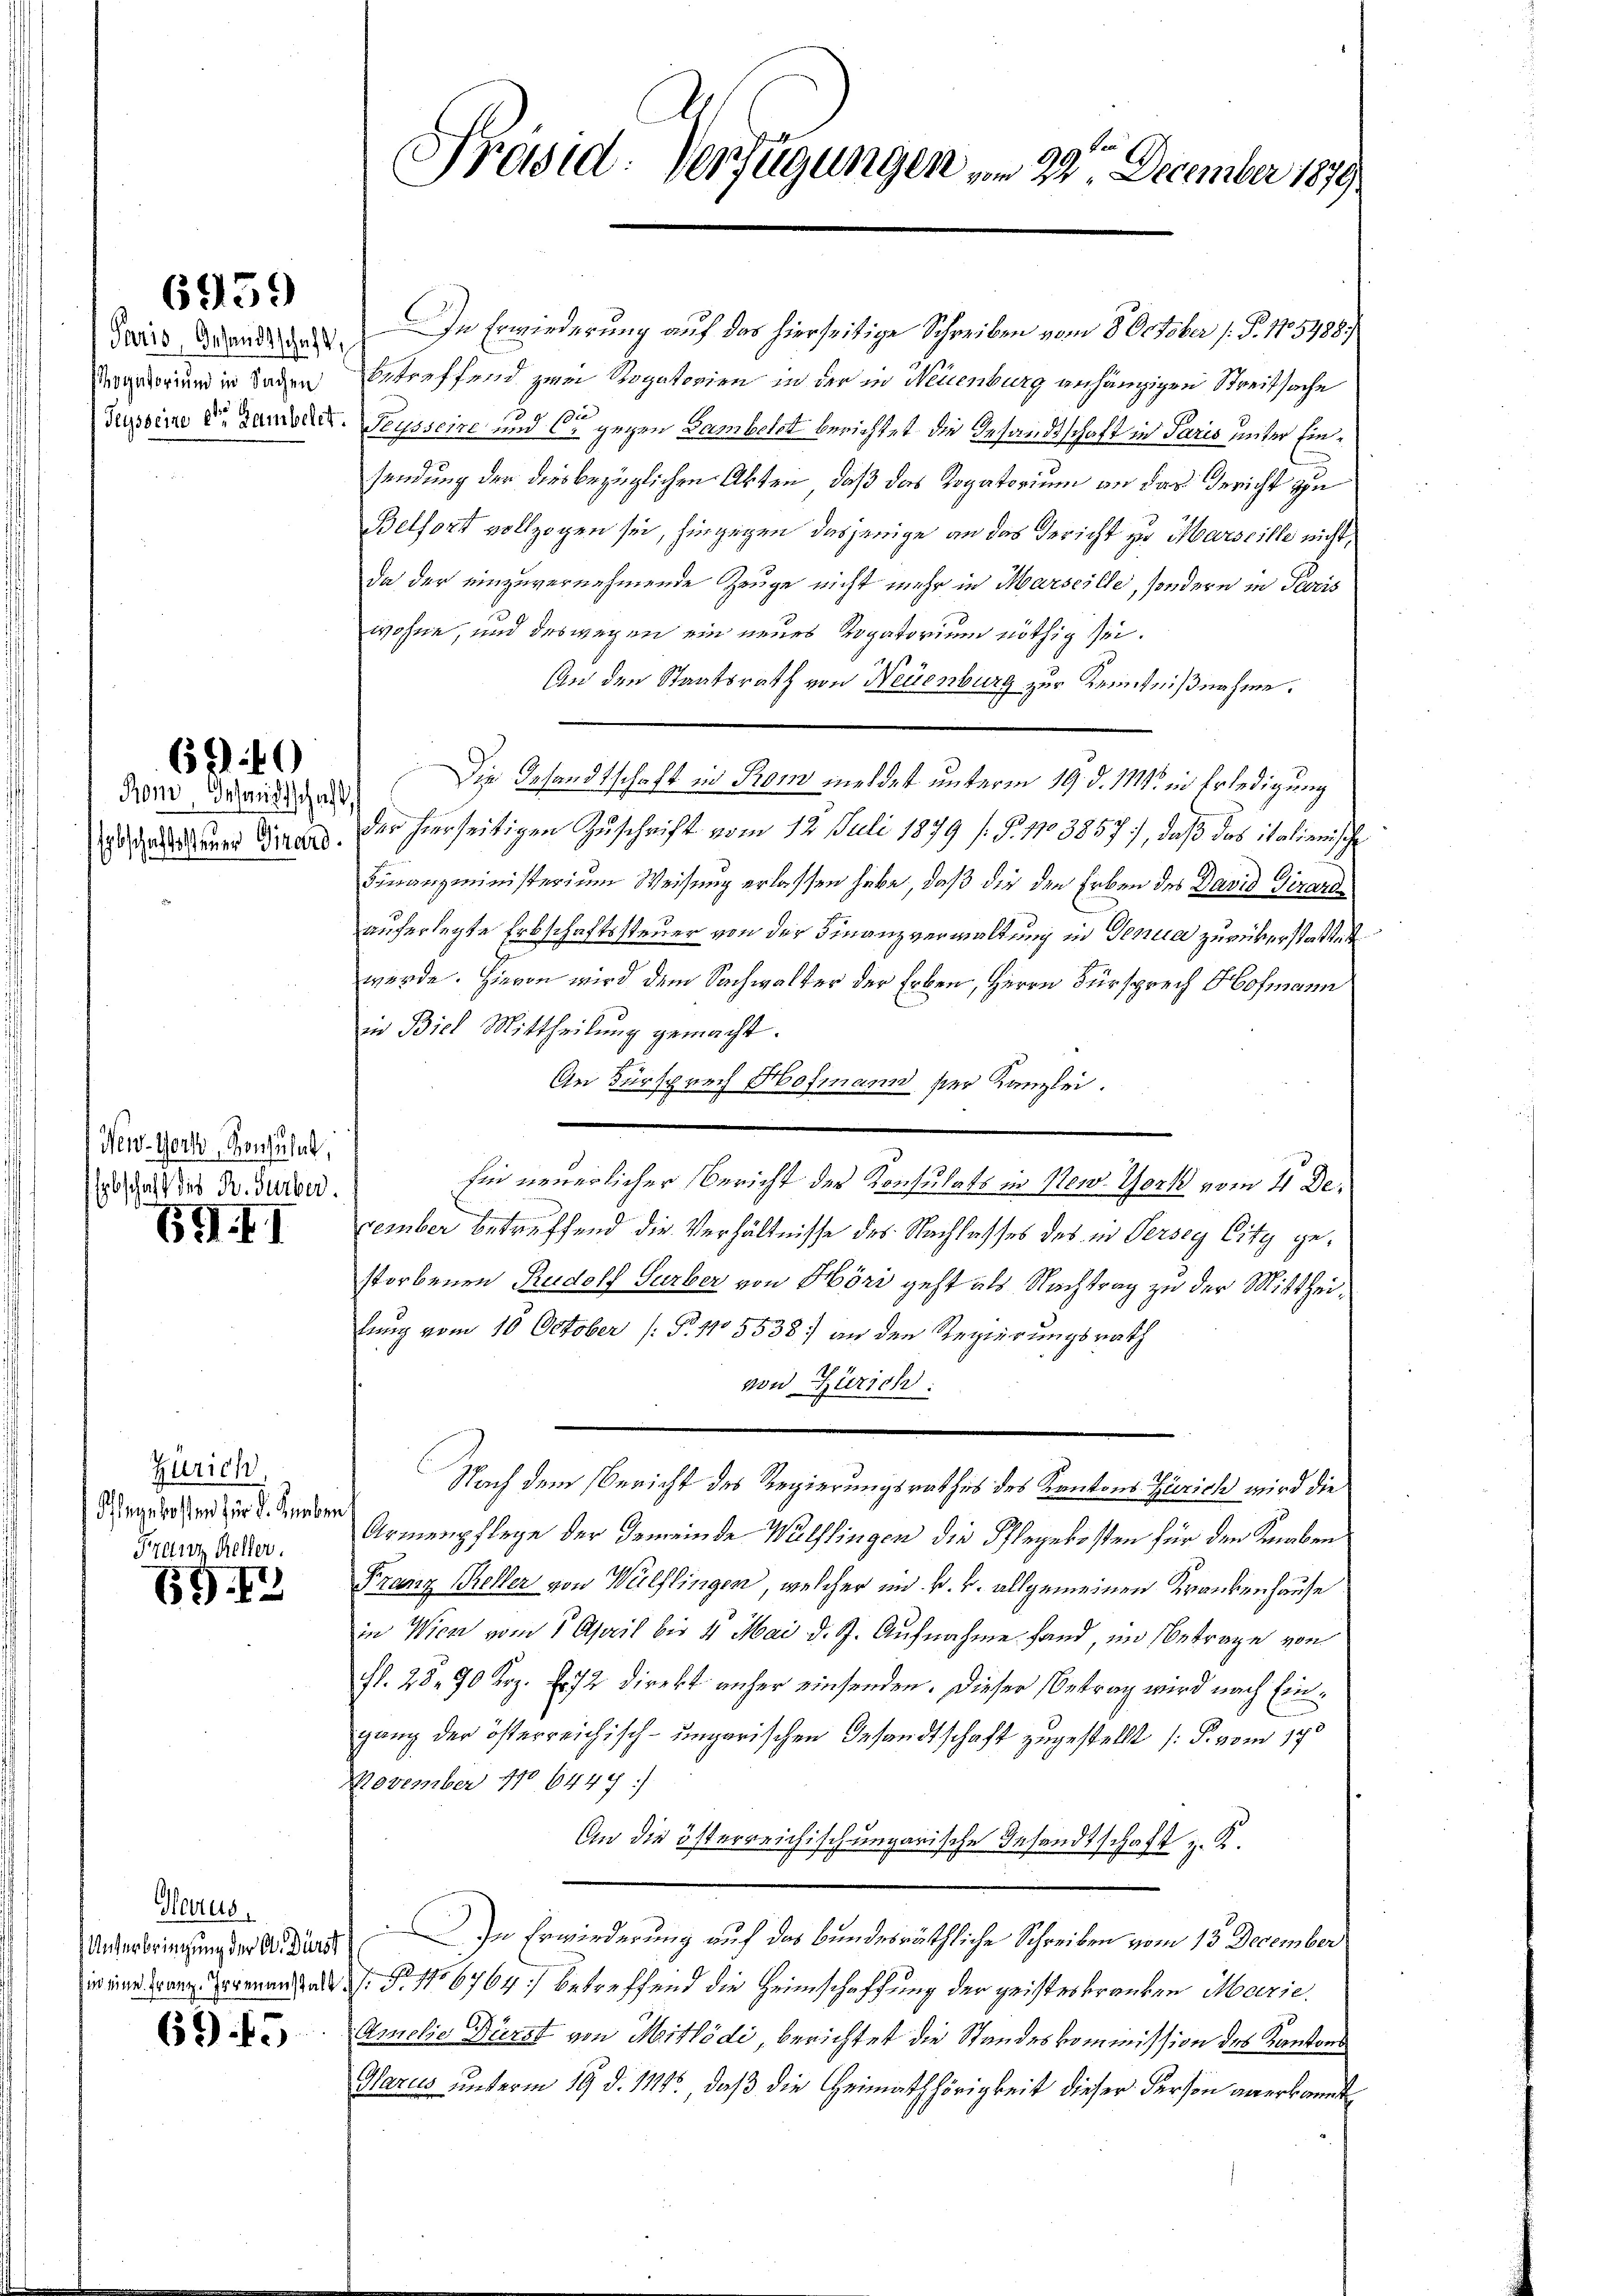
ogatorium in Sachen

6959

690

Ron, Gesandtschaft,
Erbschaftssteuer Girard.

New-York, Konsulat,
Erbschaft die B. Surber.

659 f. I

Zürich,
Pflegekosten für d. Knaben,
Frau Keller.

69. 12

Herus

6945

Präsid. Verfügungen , 22. December 1879

Juris Brandidat. In Erwiederung auf das hierseitige Schreiben vom 8. October (: P. 115788.)
betreffend zwei Rogatorien in der in Neuenburg anhängigen Streitsache
Suoine Er damals Tesseine und 6 gegen Bambett berichtet die Gesandtschaft in Paris unter Einsendung der dies bezüglichen Abten, daß das Rogatorium an das Gericht zu
Belfort vollzogen sei, hingegen dasjenige an das Gericht zu Marseille nicht,
da der einzuvernehmende Zeuge nicht mehr in Marseille, sondern in Preis
wohne, und deswegen ein neues Rogatorium nöthig sei.
An den Staatsrath von Neuenburg zur Kenntnißnahme.
Die Gesandtschaft in Rom meldet unterm 19. d. M. in Erledigung
der hierseitigen Zuschrift vom 12. Juli 1879 (§. 1103857), daß das italienische
Finanzministerium Weisung erlassen habe, daß die den Erben des David Girardauferlegte Erbschaftssteuer von der Finanzverwaltung in Genua zurükerstattet
wurde. Hievon wird dem Sachwalter der Erben, Herrn Fürsprech Hofmann
in Biel Mittheilung gemacht.
An Fürsprech Hofmann der Kanzlei.
hin neuerlicher Bericht der Konsulats in New York vom 11 December betreffend die Verhältnisse des Nachlasses des in Verseg City gestorbenen Rudolf Gurber von Höri geht als Nachtrag zu der Mittheilung vom 10 October (: P. No 5538) an den Regierungsrath
von Zürich:
Nach dem Bericht des Regierungsrathes des Kantons Zürich wird die
Armenpflege der Gemeinde Wülflingen die Pflegekosten für den Knaben
Franz Keller von Wülflingen, welcher im k. k. allgemeinen Krankenhause
in Wien vom 5. April bis 4 Mai d. J. Aufnahme fand, im Betrage von
fl. 28. 70 Krz. E. 72 direkt anher einsenden. Dieser Betrag wird nach Einganz der österreichisch-ungarischen Gesandtschaft zugestellt (S. vom 170
November 170, 6447)
An die österreichischungarische Gesandtschaft z. K.
Unterbringung der Aidua In Erwirderung auf das bundesräthliche Schreiben vom 13. December
ir eine Franz Bogenanstale G. P. No 6764) betreffend die Heimschaffung der geisteskranken Marie
Amelie Bürst von Mitlödi, berichtet die Standeskommission des Kantons
Harus unterm 19. d. 1114., daß die Heimathörigkeit dieser Person anerkannt